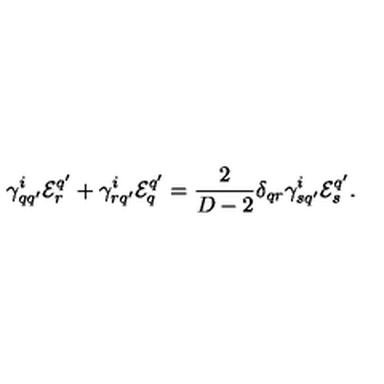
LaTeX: \gamma _ { q q ^ { \prime } } ^ { i } { \cal E } _ { r } ^ { q ^ { \prime } } + \gamma _ { r q ^ { \prime } } ^ { i } { \cal E } _ { q } ^ { q ^ { \prime } } = { \frac { 2 } { D - 2 } } \delta _ { q r } \gamma _ { s q ^ { \prime } } ^ { i } { \cal E } _ { s } ^ { q ^ { \prime } } .